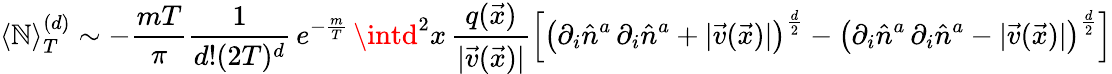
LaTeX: \langle\mathbb{N}\rangle_{T}^{(d)}\sim-\frac{{mT}}{{\pi}}\frac{{1}}{{d!(2T)^{d}}}\, e^{-\frac{{m}}{{T}}}\, \intd^{2}x\, \frac{{q(\vec{{x}})}}{{|\vec{{v}}(\vec{{x}})|}}\left[\left(\partial_{i}\hat{{n}}^{a}\, \partial_{i}\hat{{n}}^{a}+|\vec{{v}}(\vec{{x}})|\right)^{\frac{{d}}{{2}}}-\left(\partial_{i}\hat{{n}}^{a}\, \partial_{i}\hat{{n}}^{a}-|\vec{{v}}(\vec{{x}})|\right)^{\frac{{d}}{{2}}}\right]